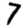
Digit: 7